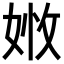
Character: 𡝒